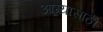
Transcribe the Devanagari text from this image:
आग्र्यासाठी